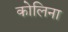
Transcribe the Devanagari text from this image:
कोलिना